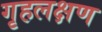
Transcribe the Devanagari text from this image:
गृहलक्षण